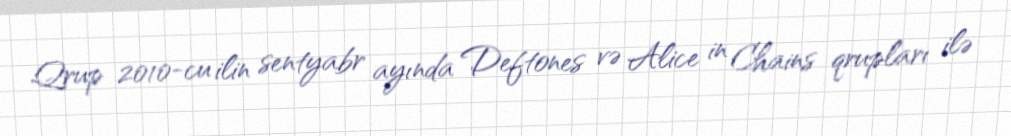
Qrup 2010-cu ilin sentyabr ayında Deftones və Alice in Chains qrupları ilə